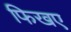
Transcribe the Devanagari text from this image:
फिखए